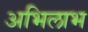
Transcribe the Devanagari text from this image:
अभिलाभ